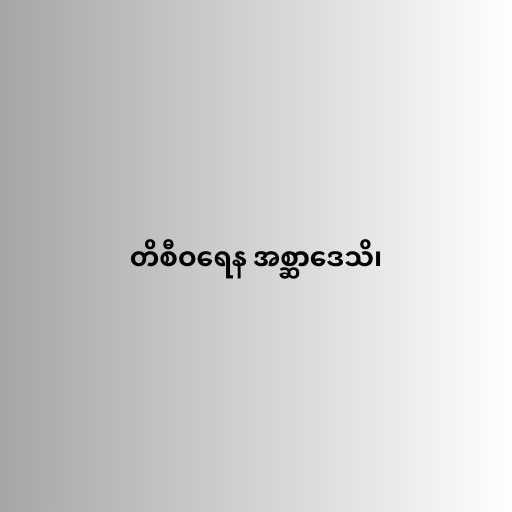
တိစီဝရေန အစ္ဆာဒေသိ၊